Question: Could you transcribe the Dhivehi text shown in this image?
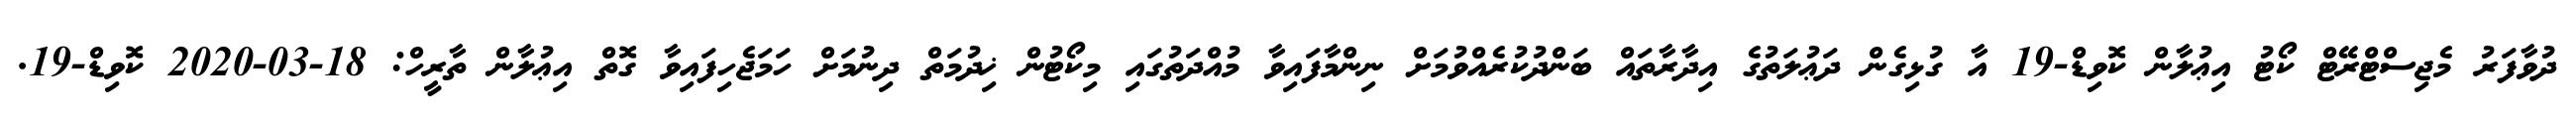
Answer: ދުވާފަރު މެޖިސްޓްރޭޓް ކޯޓު އިޢުލާން ކޮވިޑް-19 އާ ގުޅިގެން ދަޢުލަތުގެ އިދާރާތައް ބަންދުކުރެއްވުމަށް ނިންމާފައިވާ މުއްދަތުގައި މިކޯޓުން ޚިދުމަތް ދިނުމަށް ހަމަޖެހިފައިވާ ގޮތް އިޢުލާން ތާރީހް: 18-03-2020 ކޮވިޑް-19.